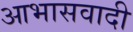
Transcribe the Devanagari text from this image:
आभासवादी